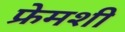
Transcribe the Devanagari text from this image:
फ्रेमशी